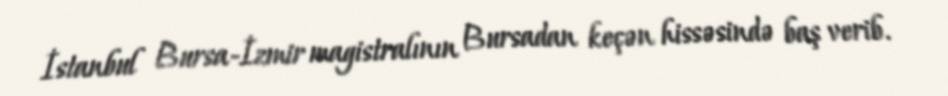
İstanbul Bursa-İzmir magistralının Bursadan keçən hissəsində baş verib.